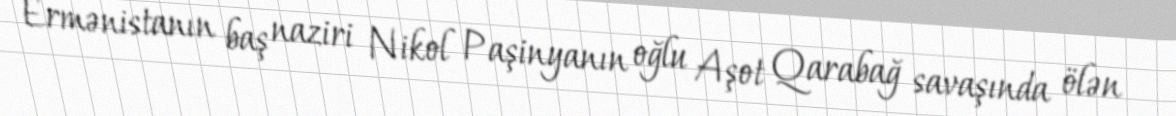
Ermənistanın baş naziri Nikol Paşinyanın oğlu Aşot Qarabağ savaşında ölən